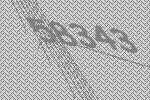
58343